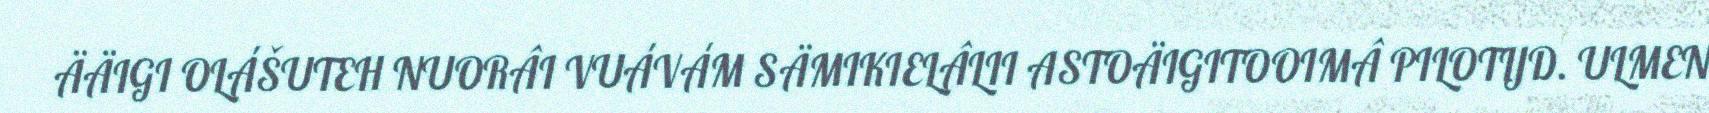
ÄÄIGI OLÁŠUTEH NUORÂI VUÁVÁM SÄMIKIELÂLII ASTOÄIGITOOIMÂ PILOTIJD. ULMEN